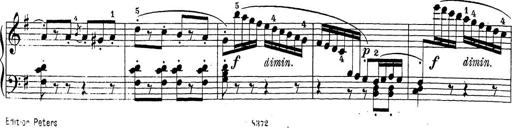
Title: Sonatina Album
Composer: Louis KÃ¶hler